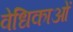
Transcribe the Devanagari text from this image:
वेधिकाओं